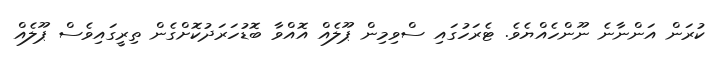
ކުރަން އަންނާނެ ނޫންހެއްޔެވެ. ޓެރަހުގައި ސްވިމިން ޕޫލެއް އޮއްވާ ބޮޑުހަރަދުކޮށްގެން ތިރީގައިވެސް ޕޫލެއް